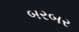
બરબર